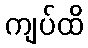
ကျပ်ထိ